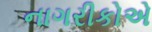
નાગરીકોએ